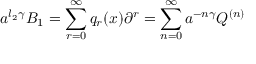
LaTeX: a ^ { l _ { 2 } \gamma } B _ { 1 } = \sum _ { r = 0 } ^ { \infty } q _ { r } ( x ) \partial ^ { r } = \sum _ { n = 0 } ^ { \infty } a ^ { - n \gamma } Q ^ { ( n ) }